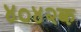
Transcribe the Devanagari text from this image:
४०४२क